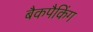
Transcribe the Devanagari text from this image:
बैकपैकिंग